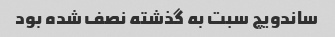
ساندویچ سبت به گذشته نصف شده بود